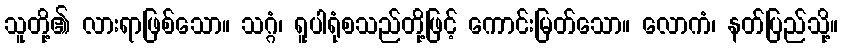
သူတို့၏ လားရာဖြစ်သော။ သဂ္ဂံ၊ ရူပါရုံစသည်တို့ဖြင့် ကောင်းမြတ်သော။ လောကံ၊ နတ်ပြည်သို့။